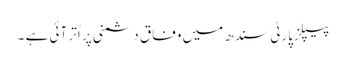
پیپلزپارٹی سندھ میں وفاق دشمنی پر اُتر آئی ہے ۔